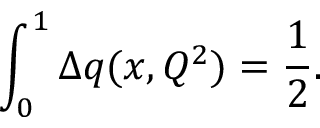
\int _ { 0 } ^ { 1 } \Delta q ( x , Q ^ { 2 } ) = { \frac { 1 } { 2 } } .